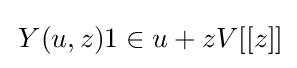
\,Y(u,z)1\in u+zV[[z]]